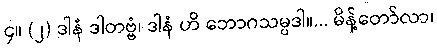
၄။ (၂) ဒါနံ ဒါတဗ္ဗံ၊ ဒါနံ ဟိ ဘောဂသမ္ပဒါ။... မိန့်တော်လာ၊